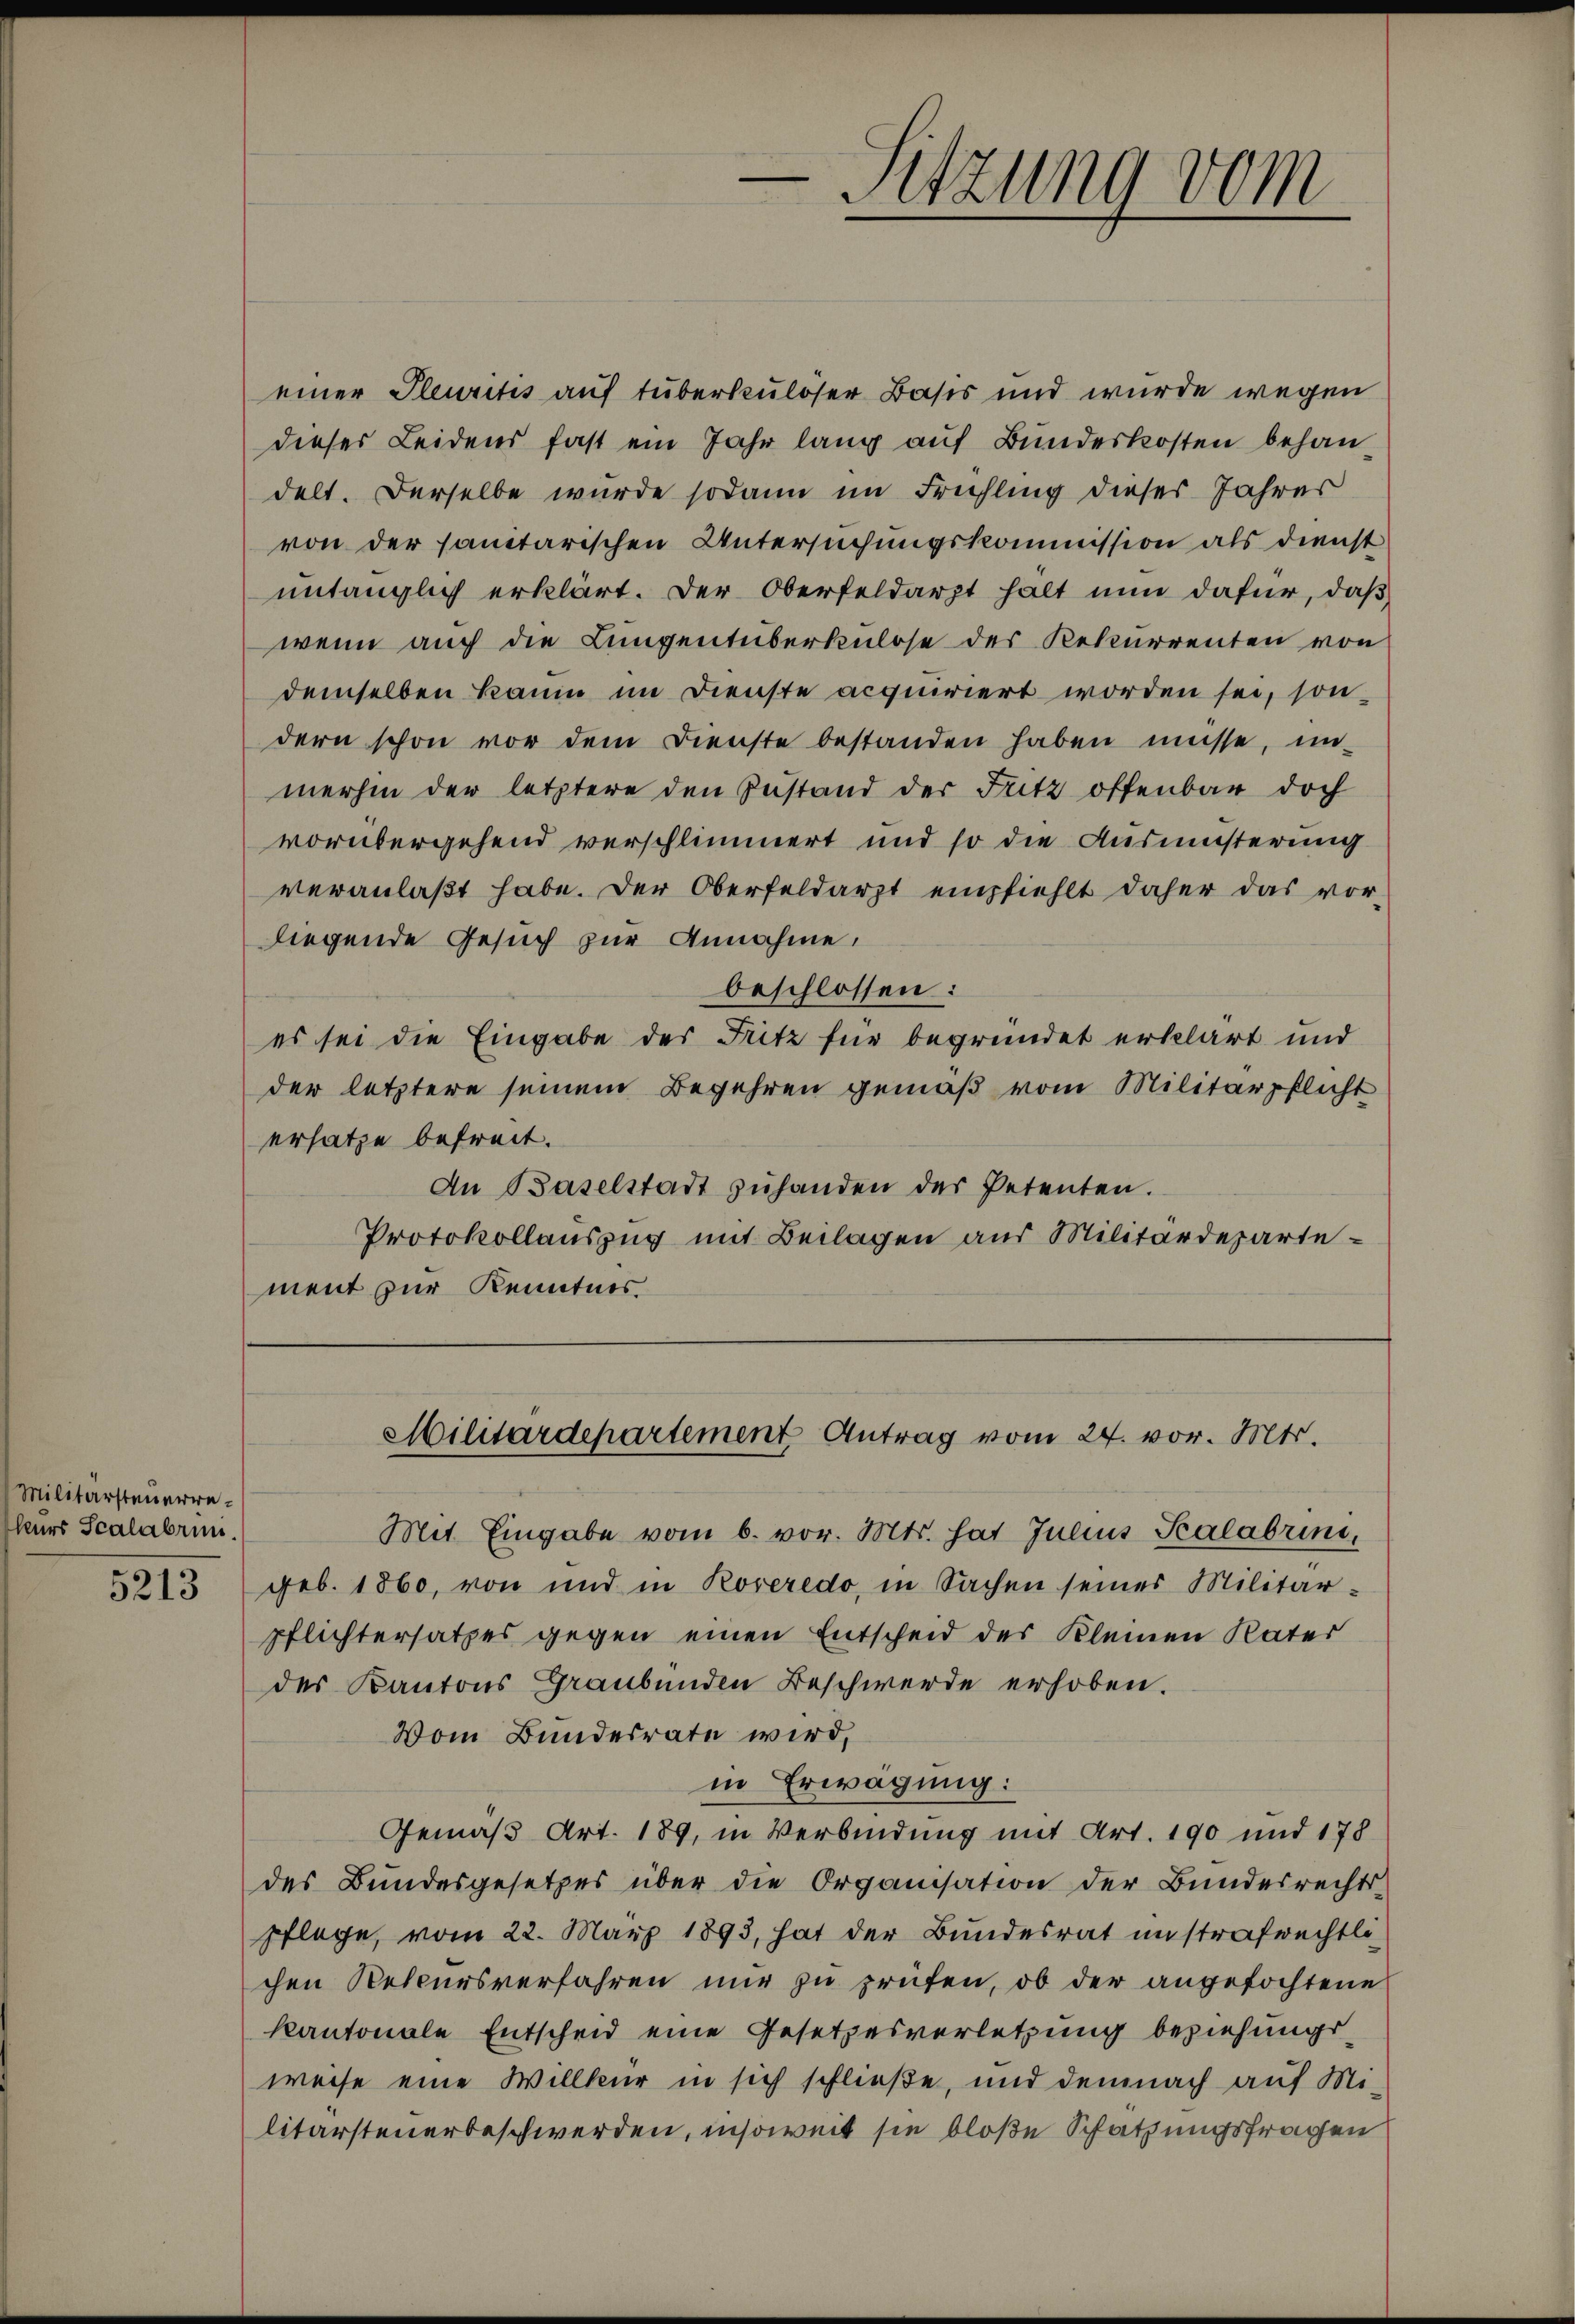
Militärsteuerreleurs Scalabrun.

einer Pleuritis auf tüberkulöser Basis und wurde wegen
dieser Leidens fast ein Jahr lang auf Bundeskosten behandelt. Derselbe wurde sodann im Frühling dieses Jahrer
von der sanitarischen Untersuchungskommission als dienst
untänglich erklärt. Der Oberfeldarzt halt nun dafür, daß
wenn auch die Lungentüberkulose des Rekurrenten von
demselben kaum im Dienste acquiriert worden sei, sondern schon vor dem Dienste bestanden haben müsse, in-
merhin der letztere den Zustand der Fritz offenbar doch
vorübergehend verschlimmert und so die Ausmüsterung
veranlaßt habe. Der Oberfeldarzt empfiehlt daher das vor-
liegende Gesuch zur Annahme,
beschlossen:
es sei die Eingabe des Fritz für begründet erklärt und
der letztere seinem Begehren gemäß vom Militärpflicht
ersatze befreit.
An Baselstadt zŭ handen der Petenten.
Protokollauszug mit Beilagen aus Militärdepartement zur Kenntnis

Mit Eingabe vom 6. vor. Mts. hat Julius Scalabrini,
5213) geb. 1860, von und in Roveredo, in Sachen seiner Militär-
pflichtersatzes gegen einen Entscheid des Kleinen Vater
der Kantons Graubünden Beschwerde erhoben.
Vom Bundesrate wird,
in Erwägung:
Gemäß Art. 189, in Verbindung mit Art. 190 und 178
des Bundesgesetzes über die Organisation der Bundesrechts-
pflege, vom 22. März 1893, hat der Bundesrat unstrafrechtli
chen Reteursverfahren nur zu prüfen, ob der angefochtene
kantonale Entscheid eine Gesetzesverletzung beziehungs-
weise eine Willkur in sich schließe, und demnach auf Mi-
litarsteuerbeschwerden, insoweit sie bloße Schatzungsfragen

Sitzung vom

Militärdepartement Antrag vom 24. vor. Mts.